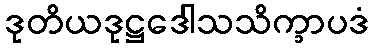
ဒုတိယဒုဋ္ဌဒေါသသိက္ခာပဒံ